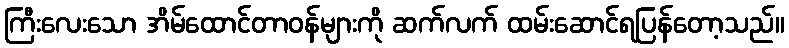
ကြီးလေးသော အိမ်ထောင်တာဝန်များကို ဆက်လက် ထမ်းဆောင်ရပြန်တော့သည်။